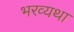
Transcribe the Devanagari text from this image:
भरव्यथा